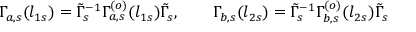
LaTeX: \Gamma _ { a , s } ( l _ { 1 s } ) = \tilde { \Gamma } _ { s } ^ { - 1 } \Gamma _ { a , s } ^ { ( o ) } ( l _ { 1 s } ) \tilde { \Gamma } _ { s } , \qquad \Gamma _ { b , s } ( l _ { 2 s } ) = \tilde { \Gamma } _ { s } ^ { - 1 } \Gamma _ { b , s } ^ { ( o ) } ( l _ { 2 s } ) \tilde { \Gamma } _ { s }